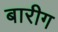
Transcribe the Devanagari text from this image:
बारीग